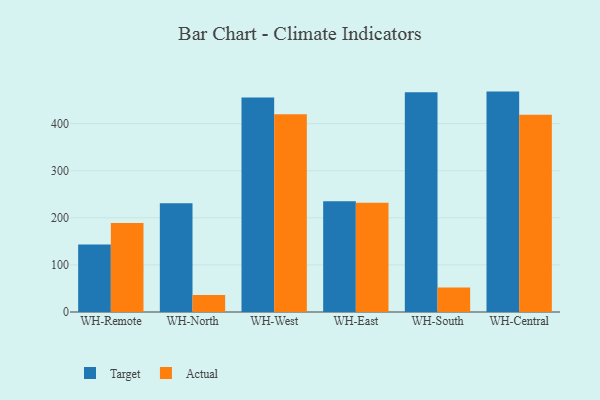
{"axis": {"x": "Warehouse", "y": "Waste Production (Tons)"}, "legend": ["Actual", "Target"], "data": [{"x": "WH-Remote", "y": 143.3, "type": "Target"}, {"x": "WH-Remote", "y": 188.8, "type": "Actual"}, {"x": "WH-North", "y": 231.1, "type": "Target"}, {"x": "WH-North", "y": 35.9, "type": "Actual"}, {"x": "WH-West", "y": 455.3, "type": "Target"}, {"x": "WH-West", "y": 420.1, "type": "Actual"}, {"x": "WH-East", "y": 235.4, "type": "Target"}, {"x": "WH-East", "y": 232.0, "type": "Actual"}, {"x": "WH-South", "y": 466.4, "type": "Target"}, {"x": "WH-South", "y": 51.9, "type": "Actual"}, {"x": "WH-Central", "y": 468.0, "type": "Target"}, {"x": "WH-Central", "y": 418.6, "type": "Actual"}]}